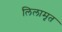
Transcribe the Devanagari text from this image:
लिलामृत